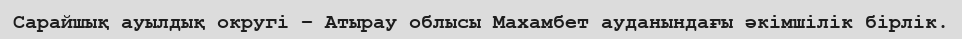
Сарайшық ауылдық округі – Атырау облысы Махамбет ауданындағы әкімшілік бірлік.